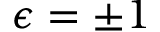
\epsilon = \pm 1